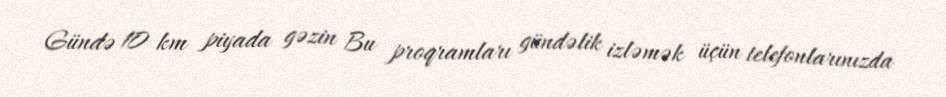
Gündə 10 km piyada gəzin Bu proqramları gündəlik izləmək üçün telefonlarınızda